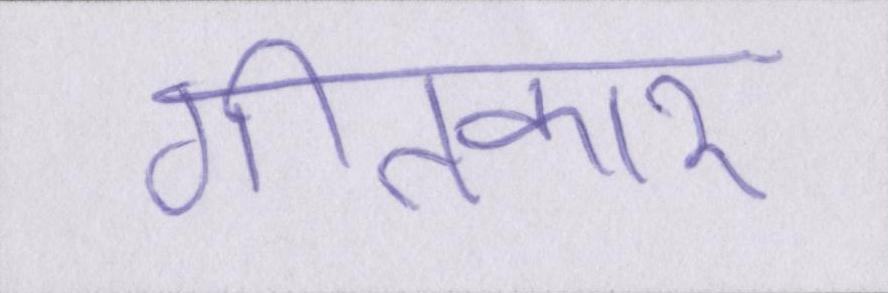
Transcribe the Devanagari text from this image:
गीतकार